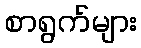
စာရွက်များ